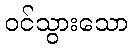
ဝင်သွားသော